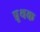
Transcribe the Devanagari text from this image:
प्रृथक